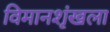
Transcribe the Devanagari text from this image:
विमानशृंखला